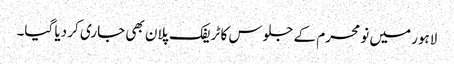
لاہور میں نو محرم کے جلوس کا ٹریفک پلان بھی جاری کر دیا گیا۔